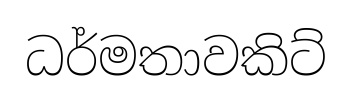
ධර්මතාවකිට්